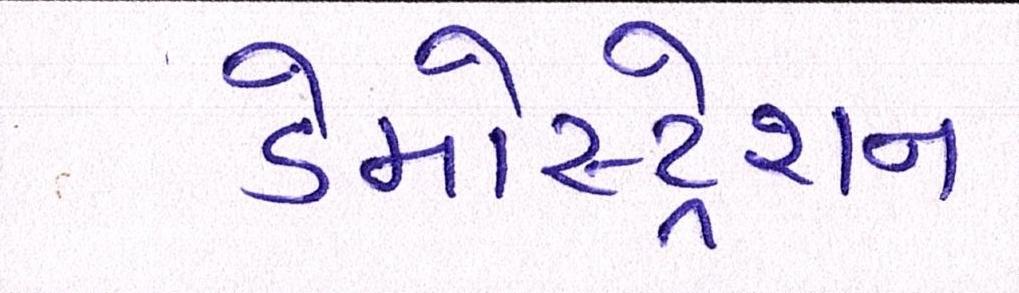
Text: ડેમોસ્ટ્રેશન